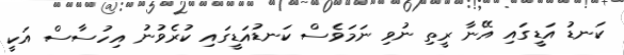
ކަނޑު އަޑީގައި އޭނާ ރީތި ނުވި ނަމަވެސް ކަނޑުއަޑީގައި ކުރެވުނު އިހުސާސް އަކީ